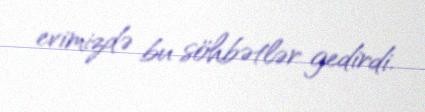
evimizdə bu söhbətlər gedirdi.